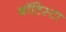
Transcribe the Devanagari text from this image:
बाॅटिस्टा